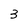
Character: 3